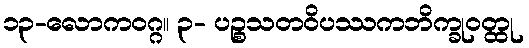
၁၃-လောကဝဂ္ဂ။ ၃- ပဉ္စသတဝိပဿကဘိက္ခုဝတ္ထု